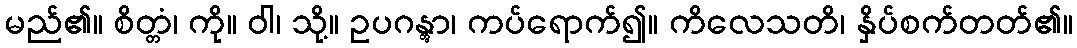
မည်၏။ စိတ္တံ၊ ကို။ ဝါ၊ သို့။ ဥပဂန္တွာ၊ ကပ်ရောက်၍။ ကိလေသတိ၊ နှိပ်စက်တတ်၏။